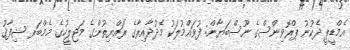
އެމްޑީޕީ ދެކުނު ޕްރޮވިންސްގެ ނޫސްބަޔާން: ފުވައްމުލަކު މެދުދާއިރާގެ ރައްޔިތުންގެ މަޖިލީހުގެ މެމްބަރ ޝިފާޤު